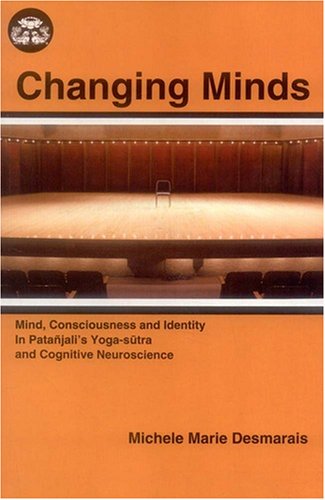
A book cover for Changing Minds: Mind, Consciousness and Identity in Patanjali's Yoga Sutra and Congnitive Neuroscience; Michele Marie Desmarais; Religion & Spirituality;